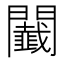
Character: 𨷡